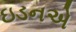
ઇડનએ